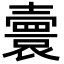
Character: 𡕅